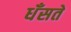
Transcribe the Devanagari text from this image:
धँसते